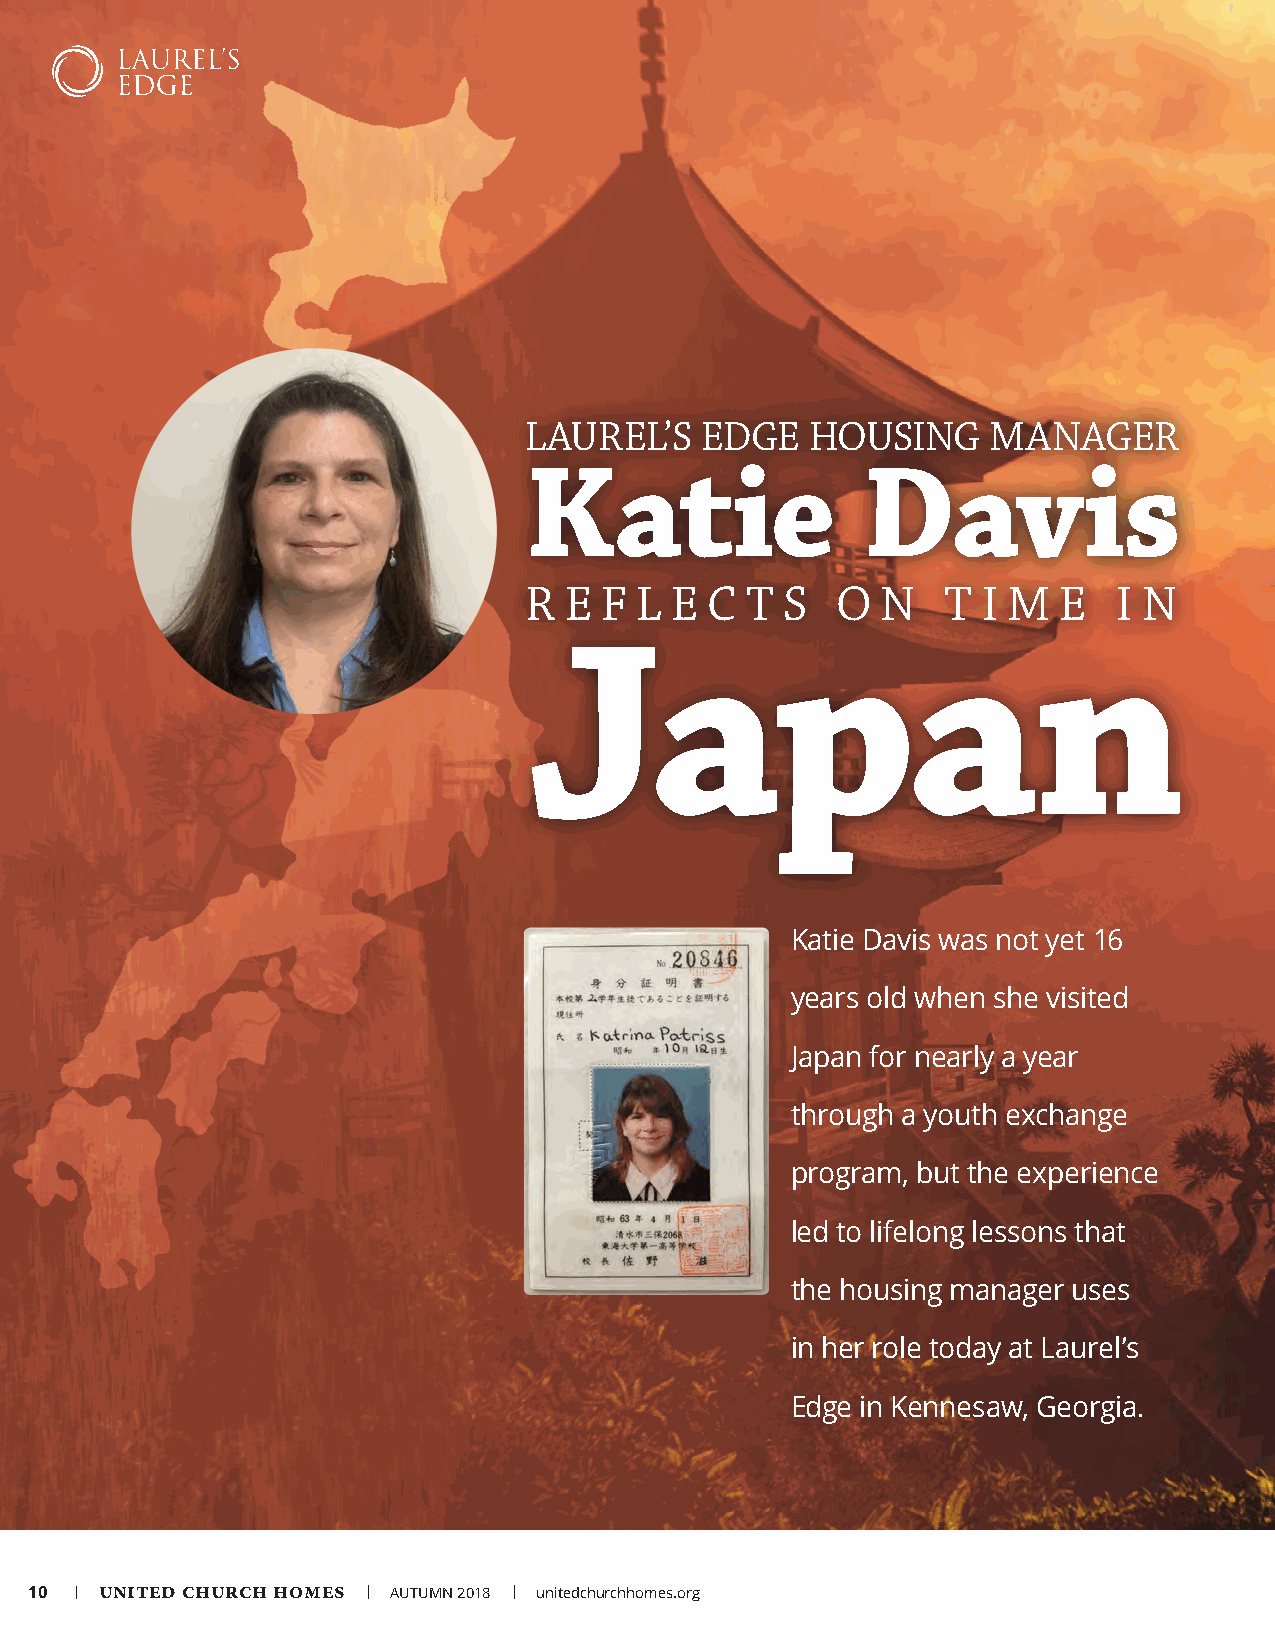
LAUREL’S   EDGE    HOUSING     MANAGER
 Katie                 Davis
 R E  F L E  C T  S  O  N    T I M  E   I N
 Japan
 Katie Davis was not yet 16
 years old when she visited
 Japan for nearly a year
 through a youth exchange
 program, but the experience
 led to lifelong lessons that
 the housing manager uses
 in her role today at Laurel’s
 Edge in Kennesaw, Georgia.
 10 | UNITED CHURCH HOMES | AUTUMN 2018 | unitedchurchhomes.org